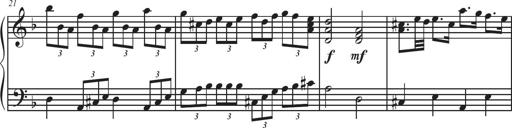
Title: Sonatina Espania
Composer: Jerald Franklin Archer
Key: Various